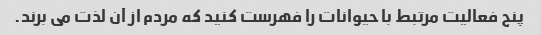
پنج فعالیت مرتبط با حیوانات را فهرست کنید که مردم از آن لذت می برند.